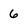
Character: 6